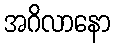
အဂိလာနော